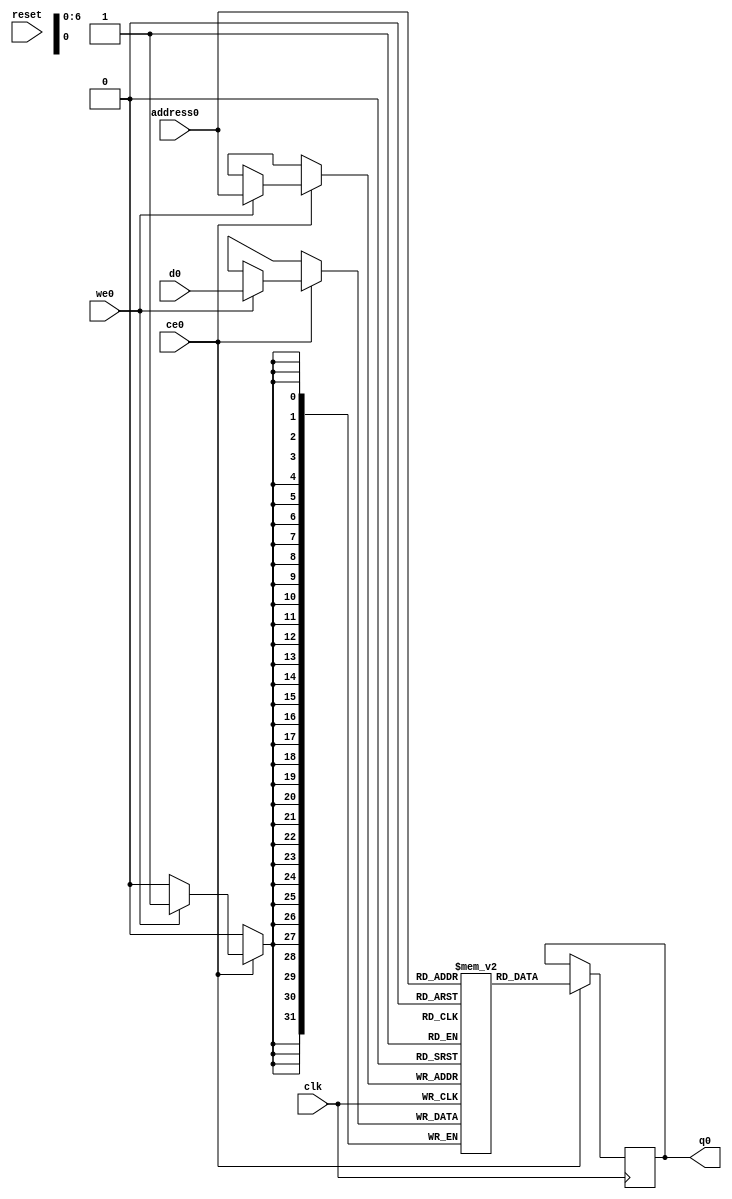
// ==============================================================
// Vitis HLS - High-Level Synthesis from C, C++ and OpenCL v2021.2 (64-bit)
// Copyright 1986-2021 Xilinx, Inc. All Rights Reserved.
// ==============================================================
`timescale 1 ns / 1 ps
module nnlayer_resArray_V_RAM_AUTO_1R1W (address0, ce0, d0, we0, q0,  reset,clk);

parameter DataWidth = 32;
parameter AddressWidth = 7;
parameter AddressRange = 128;

input[AddressWidth-1:0] address0;
input ce0;
input[DataWidth-1:0] d0;
input we0;
output reg[DataWidth-1:0] q0;
input reset;
input clk;

reg [DataWidth-1:0] ram[0:AddressRange-1];




always @(posedge clk)  
begin 
    if (ce0) begin
        if (we0) 
            ram[address0] <= d0; 
        q0 <= ram[address0];
    end
end


endmodule